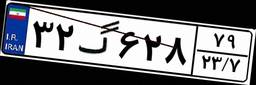
۴۸گ۳۵۷۶۵